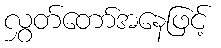
လွှတ်တော်အနေဖြင့်